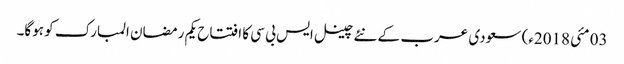
03 مئی2018ء) سعودی عرب کے نئے چینل ایس بی سی کا افتتاح یکم رمضان المبارک کو ہوگا۔